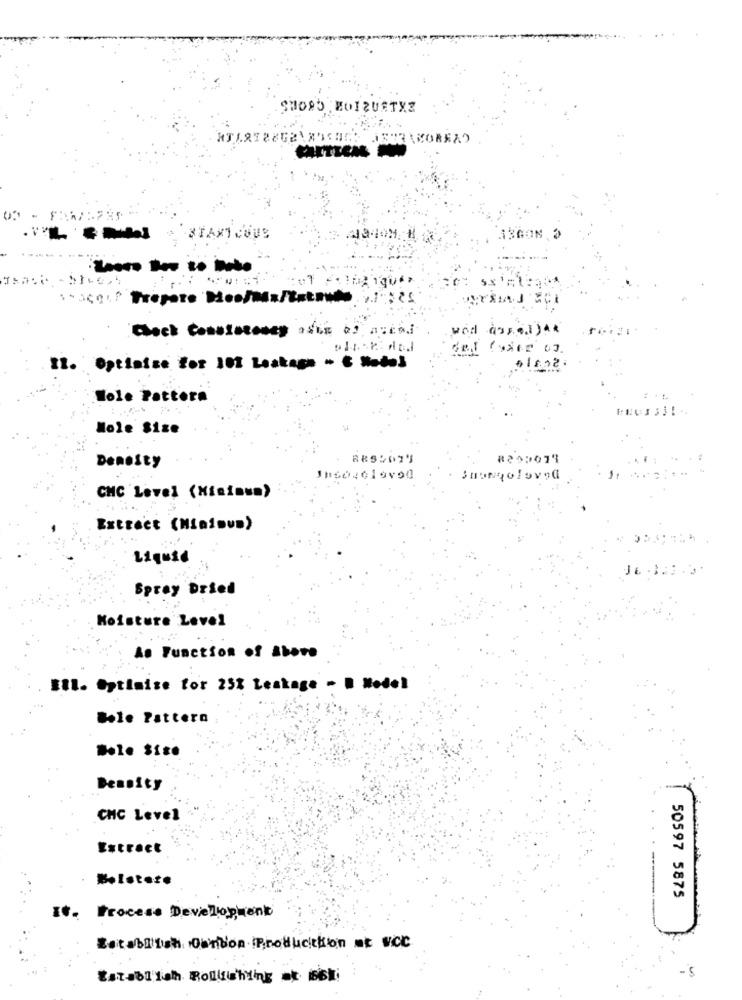
SHORT MOIRUSTYZ
05 - FAWX:735
3109-11
A3GON
----.
....
del foxes 0)
Il. Optimize for 101 Leakage " & Hotel
Nole Pattern
Mole Size
Density
Imsovelovod
Subesolovad
CMC Level (Minimum)
Extract (Minimum)
Liquid
Spray Dried
Moisture Level
As Function of Above
Ell. Optimise for 25% Leakage - D Model
Bole Pattern
Dole Sise
Density
CHC Level
Extract
50597 5875
It. Process Development